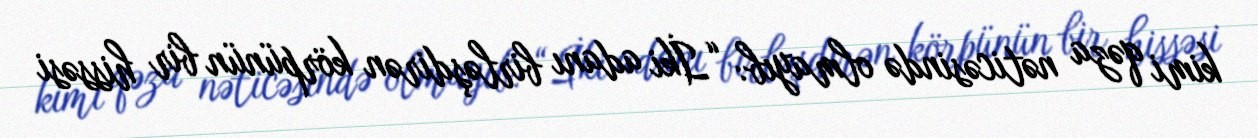
kimi qəza nəticəsində olmayıb: “İki adanı birləşdirən körpünün bir hissəsi